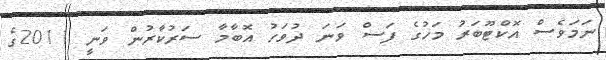
ނަމަވެސް އޮކްޓޫބަރު މަހުގެ ފަސް ވަނަ ދުވަހު އޮބާމާ ސަރުކާރުން ވަނީ 2011ގެ